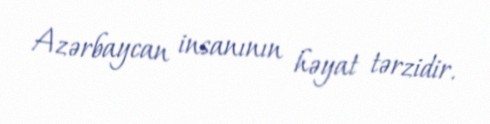
Azərbaycan insanının həyat tərzidir.